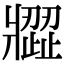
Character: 𤖗